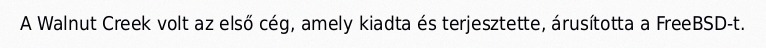
A Walnut Creek volt az első cég, amely kiadta és terjesztette, árusította a FreeBSD-t.